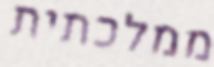
ממלכתית